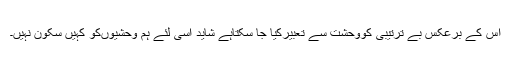
اس کے برعکس بے ترتیبی کووحشت سے تعبیرکیا جا سکتاہے شاید اسی لئے ہم وحشیوںکو کہیں سکون نہیں۔